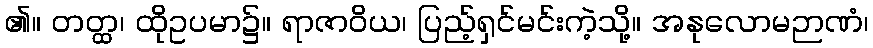
၏။ တတ္ထ၊ ထိုဥပမာ၌။ ရာဇာဝိယ၊ ပြည့်ရှင်မင်းကဲ့သို့။ အနုလောမဉာဏံ၊